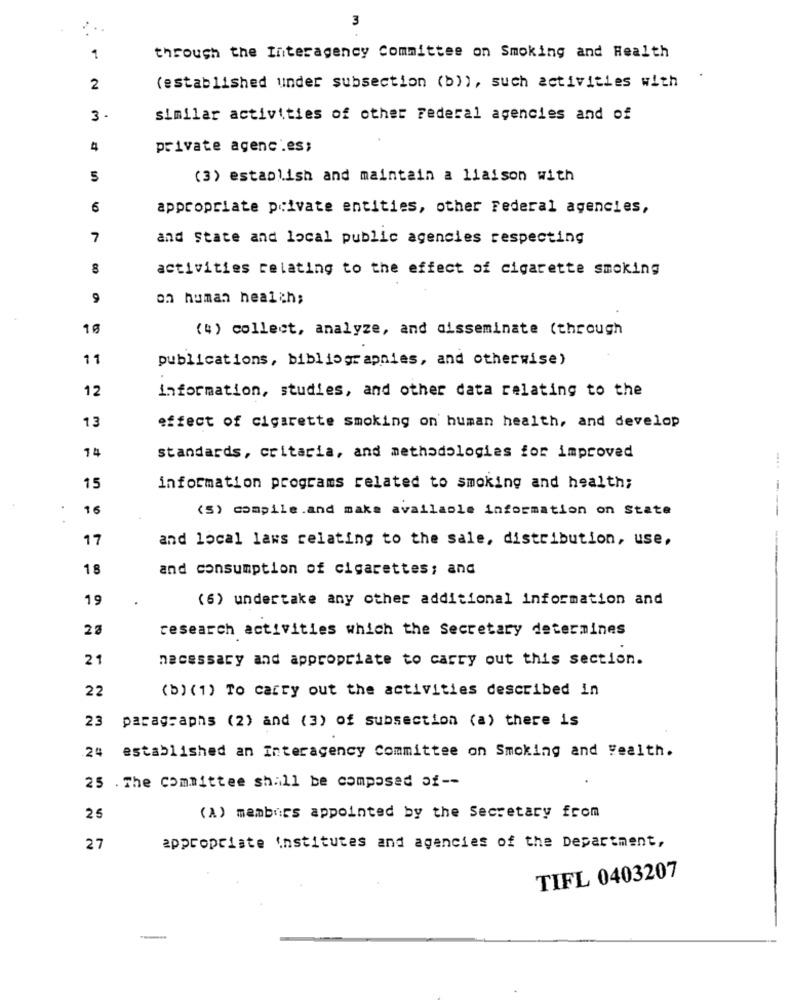
3
1
through the Interagency Committee on Smoking and Health
2
(established under subsection (b)), such activities with
3
similar activities of other Federal agencies and of
4
private agenc'.es;
5
(3) establish and maintain a liaison with
6
appropriate private entities, other Federal agencies,
7
and State and local public agencies respecting
activities relating to the effect of cigarette smoking
9
on human health;
10
(4) collect, analyze, and disseminate (through
11
publications, bibliographies, and otherwise)
12
information, studies, and other data relating to the
effect of cigarette smoking on human health, and develop
13
74
standards, critaria, and methodologies for improved
....
15
information programs related to smoking and health;
16
(S) compile.and make available information on State
17
and local laws relating to the sale, distribution, use,
18
and consumption of cigarettes; and
19
(6) undertake any other additional information and
23
research activities which the Secretary determines
21
necessary and appropriate to carry out this section.
22
(b) (1) To carry out the activities described in
paragraphs (2) and (3) of subsection (a) there is
23
24 established an Interagency Committee on Smoking and Health.
25 .The Committee shall be composed of --
25
(A) members appointed by the Secretary from
27
appropriate institutes and agencies of the Department,
TIFL 0403207